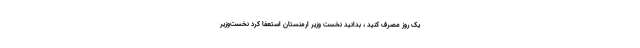
یک روز مصرف کنید ، بدانید نخست‌ وزیر ارمنستان استعفا کرد نخست‌وزیر